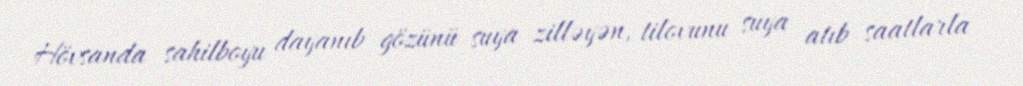
Hövsanda sahilboyu dayanıb gözünü suya zilləyən, tilovunu suya atıb saatlarla